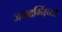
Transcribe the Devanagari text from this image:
जमदग्निंच्या